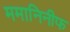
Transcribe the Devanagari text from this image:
ममानिनीफ